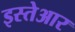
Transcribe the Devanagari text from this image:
इस्तेआर